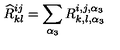
{ \widehat R } _ { k l } ^ { i j } = \sum _ { \alpha _ { 3 } } R _ { k , l , \alpha _ { 3 } } ^ { i , j , \alpha _ { 3 } }